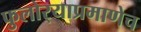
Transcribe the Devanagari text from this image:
फुलोर्‍याप्रमाणेच